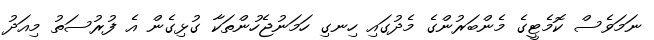
ނަމަވެސް ކޮމެޓީގެ މެންބަރުންގެ މެދުގައި ހިނގި ހަމަނުޖެހުންތަކާ ގުޅިގެން އެ ފުރުސަތު މިއަދު